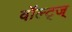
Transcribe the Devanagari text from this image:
वॉल्ट्ज्